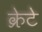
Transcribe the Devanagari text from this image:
क्रेटे